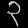
Digit: ၃